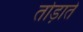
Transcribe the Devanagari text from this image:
तोड़ाते